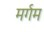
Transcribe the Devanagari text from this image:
मर्गम